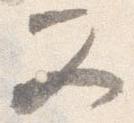
又